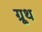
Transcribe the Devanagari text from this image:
ग्रूथ